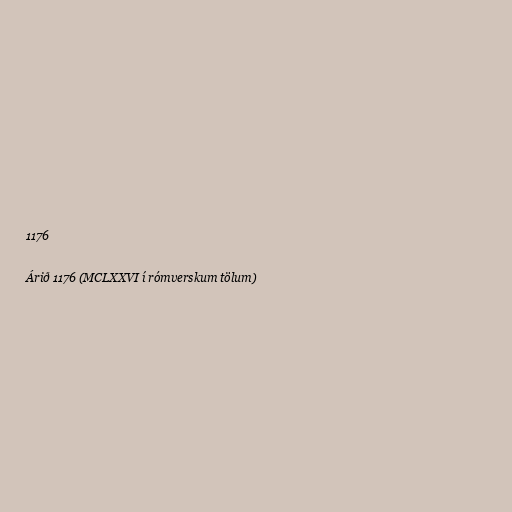
1176

Árið 1176 (MCLXXVI í rómverskum tölum)